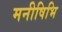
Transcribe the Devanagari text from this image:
मनीषिभि